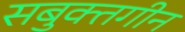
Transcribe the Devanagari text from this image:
सबुक्तगीन